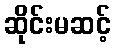
ဆိုင်းမဆင့်